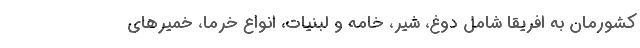
کشورمان به افریقا شامل دوغ، شیر، خامه و لبنیات، انواع خرما، خمیرهای